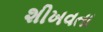
શીખવતા